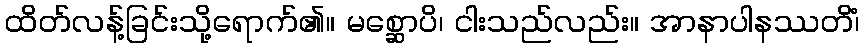
ထိတ်လန့်ခြင်းသို့ရောက်၏။ မစ္ဆောပိ၊ ငါးသည်လည်း။ အာနာပါနဿတိံ၊